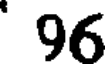
96